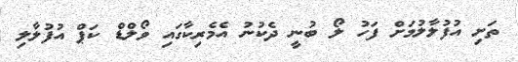
ތަށި އުފުލާލުމަށް ފަހު ލޯ ބުނީ ދެކުނު އެމެރިކާގައި ވޯލްޑް ކަޕް އުފުލާލި